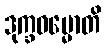
ဒုက္ခဓမ္မောတိ